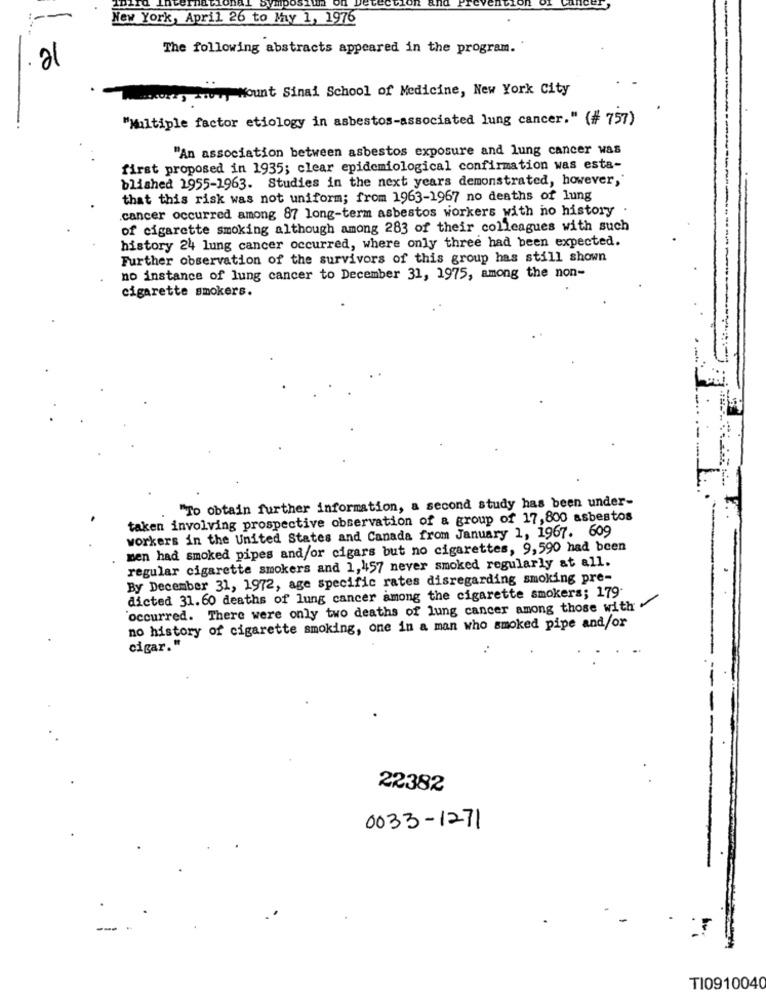
--
New York, April 26 to My 1, 1976
The following abstracts appeared in the program."
al
corry wwwwy Mount Sinai School of Medicine, New York City
"Multiple factor etiology in asbestos-associated lung cancer. " (# 757)
"An association between asbestos exposure and lung cancer was
first proposed in 1935; clear epidemiological confirmation was esta-
blished 1955-1963. Studies in the next years demonstrated, however,'
that this risk was not uniform; from 1963-1967 no deaths of lung
cancer occurred among 87 long-term asbestos workers with no history
of cigarette smoking although among 283 of their colleagues with such
history 24 lung cancer occurred, where only three had been expected.
Further observation of the survivors of this group has still shown
no instance of lung cancer to December 31, 1975, among the non-
cigarette smokers.
"To obtain further information, a second study has been under-
taken involving prospective observation of a group of 17,800 asbestos
workers in the United States and Canada from January 1, 1967. 609
men had smoked pipes and/or cigars but no cigarettes, 9,590 had been
regular cigarette smokers and 1, 457 never smoked regularly at all.
By December 31, 1972, age specific rates disregarding smoking pre-
dicted 31.60 deaths of lung cancer among the cigarette smokers; 179-
'occurred. There were only two deaths of lung cancer among those with
no history of cigarette smoking, one in a man who smoked pipe and/or
cigar."
22382
0033-1271
TI0910040